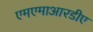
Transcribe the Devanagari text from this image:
एमएमाआरडीए